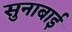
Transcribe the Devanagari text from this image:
सुनाबाई